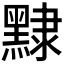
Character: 𪑠